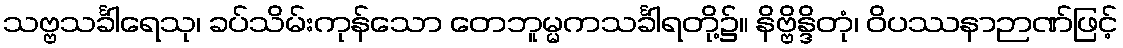
သဗ္ဗသင်္ခါရေသု၊ ခပ်သိမ်းကုန်သော တေဘူမ္မကသင်္ခါရတို့၌။ နိဗ္ဗိန္ဒိတုံ၊ ဝိပဿနာဉာဏ်ဖြင့်